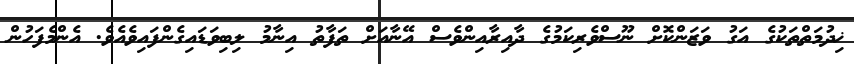
ޚިދުމަތްތަކުގެ އަގު ވަޒަންކޮށް ނޫސްވެރިކަމުގެ ދާއިރާއިންވެސް އޭނާއަށް ތަފާތު އިނާމު ލިބިވަޑައިގެންފައިވެއެވެ. އެންމެފަހުން